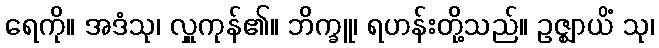
ရေကို။ အဒံသု၊ လှူကုန်၏။ ဘိက္ခူ၊ ရဟန်းတို့သည်။ ဥဇ္ဈာယိံ သု၊